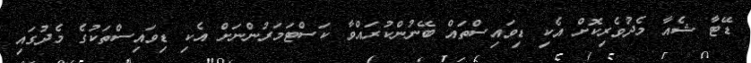
ޑޭޓާ ޝެއާ މެދުވެރިކޮށް އެކި ޑިވައިސްތައް ބޭނުންކުރައްވާ ކަސްޓަމަރުންނަށް އެކި ޑިވައިސްތަކުގެ މެދުގައި